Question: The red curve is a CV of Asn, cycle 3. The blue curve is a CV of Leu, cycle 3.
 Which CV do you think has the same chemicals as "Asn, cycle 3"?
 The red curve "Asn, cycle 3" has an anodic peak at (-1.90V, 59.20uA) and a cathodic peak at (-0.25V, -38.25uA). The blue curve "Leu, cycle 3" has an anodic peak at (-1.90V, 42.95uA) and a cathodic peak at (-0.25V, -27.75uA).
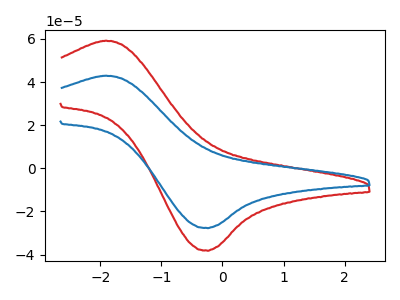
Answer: <think>All the peaks in "Asn, cycle 3" have a peak in "Leu, cycle 3" at the same potential. Every peak in "Asn, cycle 3" is higher than every peak in "Leu, cycle 3".
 </think>
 <answer>The CV with the most similar shape to "Leu, cycle 3" is "Asn, cycle 3".</answer>
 <eval>"Asn, cycle 3"</eval>